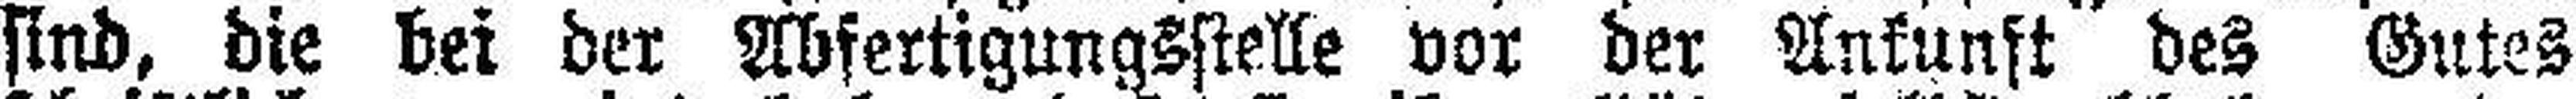
sind, die bei der Abfertigungsstelle vor der Ankunft des Gutes